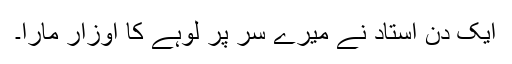
ایک دن استاد نے میرے سر پر لوہے کا اوزار مارا۔